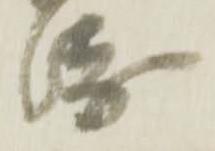
衛